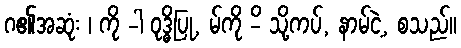
ဂ၏အဆုံး ၊ ကို -ါ ဝုဒ္ဓိပြု, မ်ကို -ိ သို့ကပ်, နာမ်ငဲ့, စသည်။